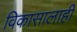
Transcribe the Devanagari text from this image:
विकासालाही